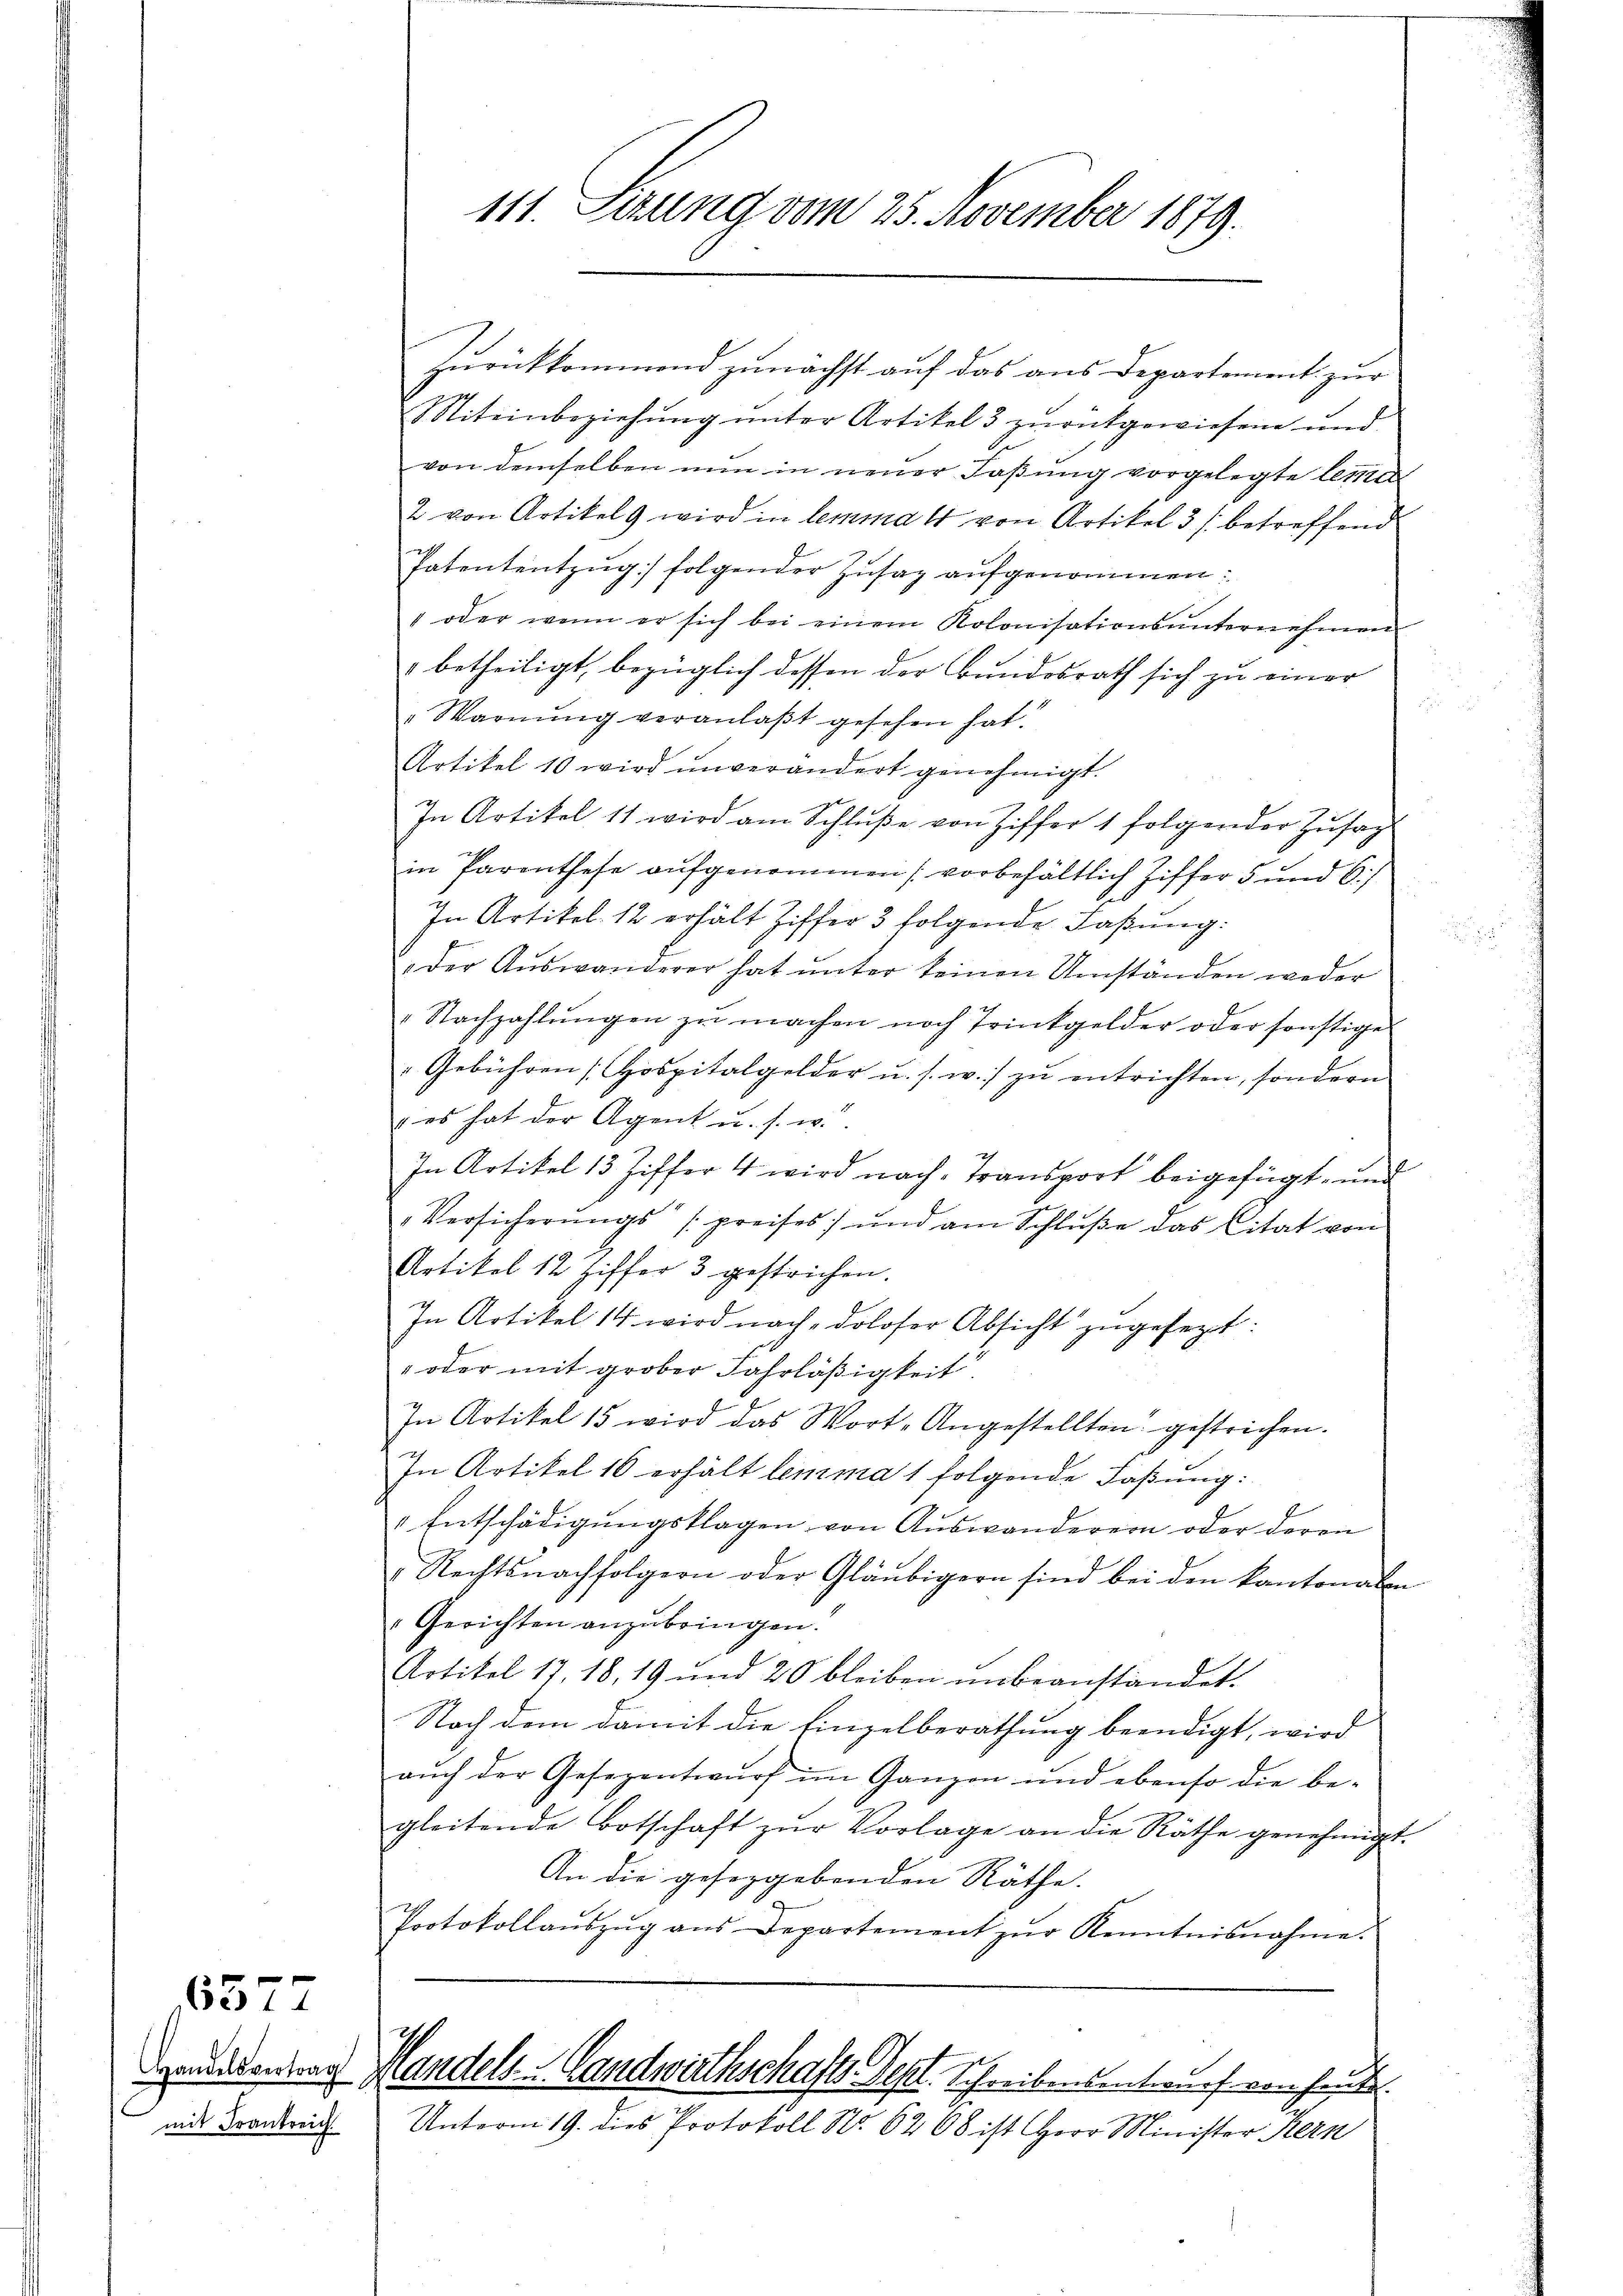
5372

mit Frankreich

111. Sekung vom 25. November 1879.

Zurückkommend zunächst auf das aus Departement zur
Miteinbeziehung unter Artikel 3 zurückgewiesene und
von demselben nun in neuer Faßung vorgelegte lemen
2 von Artikel wird in lemmal von Artikel 3 / betreffend
Patententzug folgender Zusaz aufgenommen:
" oder wenn er sich bei einem Kolonisationsunternehmen
" betheiligt, bezüglich dessen der Bundesrath sich zu einer
i
Warnung veranlaβt gesehen hat.
Artikel 10 wird unverändert genehmigt.
In Artikel 11 wird am Schlŭβe von Ziffer 1 folgender Zŭsag
in Parenthese aufgenommen (vorbehältlich Ziffer 5 und 6./
In Artikel 12 erhält Ziffer 3 folgende Faßung.
der Auswanderer hat unter keinen Umständen weder
"Nachzahlŭngen zŭ machen noch Trinkgelder oder sonstige
Gebühren [Hospitalgelder u. s. w.) zu entrichten, sondern
 es hat der Agent u. s. w.
In Artikel 13 Ziffer 4 wird nach Transport beigefügt, und
„Versicherŭngs /preises) und am Schlŭβe das Citat von
Artikel 12 Ziffer 3 gestrichen.
In Artikel 14 wird nach doloser Absicht zugesezt:
" oder mit grober Fahrläßigkeit.
In Artikel 15 wird das Wort-Angestellten gestrichen.
In Artikel 16 erhält lemma 1 folgende Faßung:
" Entschädigŭngsklagen von Aŭswanderern oder deren
Rechtsnachfolgern oder Gläubigern sind bei den kantonalen
"Gerichten anzubringen.
Artikel 17. 18, 19 und 20 bleiben ŭnbeanständet.
Nach dem damit die Einzelberathung beendigt, wird
aŭch der Gesezentwŭrf im Ganzen und ebenso die be-
gleitende Botschaft zŭr Vorlage an die Räthe genehmigt.
An die gesezgebenden Räthe.
2
Protokollaŭszŭg aŭs Departement zŭr Kenntnisnahme.

acentrag Handels- Landwirthschafts-Dept. Schreibensentwurf vorhande.
Unterm 19. dies Protokoll No. 6268 ist Herr Minister Kern